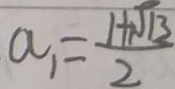
a _ { 1 } = \frac { 1 + \sqrt { 1 3 } } { 2 }